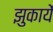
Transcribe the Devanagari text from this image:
झुकायें